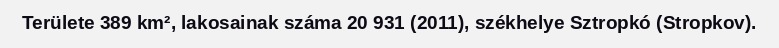
Területe 389 km², lakosainak száma 20 931 (2011), székhelye Sztropkó (Stropkov).